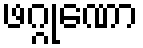
ဖဂ္ဂုဏော